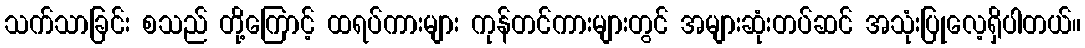
သက်သာခြင်း စသည် တို့ကြောင့် ထရပ်ကားများ ကုန်တင်ကားများတွင် အများဆုံးတပ်ဆင် အသုံးပြုလေ့ရှိပါတယ်။